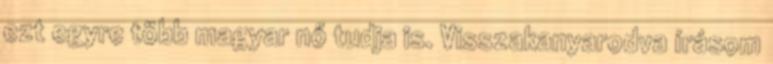
ezt egyre több magyar nő tudja is. Visszakanyarodva írásom